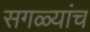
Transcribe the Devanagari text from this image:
सगळ्यांच